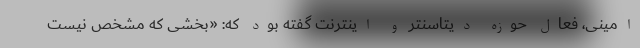
امینی، فعال حوزه دیتاسنتر و اینترنت گفته بود که: «بخشی که مشخص نیست